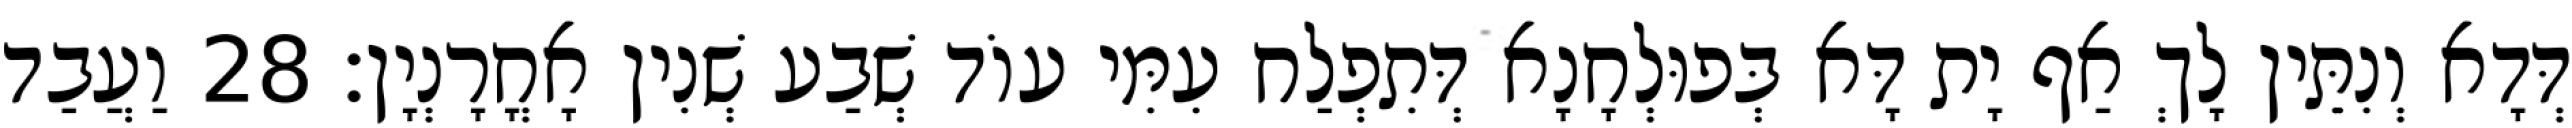
דְּדָא וְנִתֵּין לָךְ אַף יָת דָּא בְּפוּלְחָנָא דְּתִפְלַח עִמִּי עוֹד שְׁבַע שְׁנִין אָחֳרָנְיָן׃ 28 וַעֲבַד